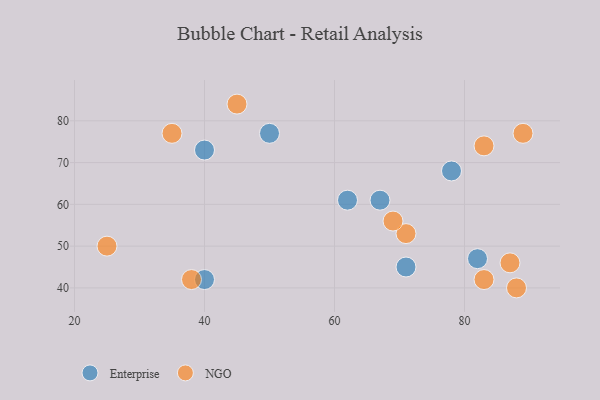
{"axis": {"x": "GDP", "y": "Life Expectancy"}, "legend": ["Enterprise", "NGO"], "data": [{"x": "62", "y": 61, "type": "Enterprise"}, {"x": "82", "y": 47, "type": "Enterprise"}, {"x": "67", "y": 61, "type": "Enterprise"}, {"x": "78", "y": 68, "type": "Enterprise"}, {"x": "50", "y": 77, "type": "Enterprise"}, {"x": "71", "y": 45, "type": "Enterprise"}, {"x": "40", "y": 73, "type": "Enterprise"}, {"x": "40", "y": 42, "type": "Enterprise"}, {"x": "87", "y": 46, "type": "NGO"}, {"x": "38", "y": 42, "type": "NGO"}, {"x": "83", "y": 74, "type": "NGO"}, {"x": "89", "y": 77, "type": "NGO"}, {"x": "88", "y": 40, "type": "NGO"}, {"x": "71", "y": 53, "type": "NGO"}, {"x": "69", "y": 56, "type": "NGO"}, {"x": "45", "y": 84, "type": "NGO"}, {"x": "35", "y": 77, "type": "NGO"}, {"x": "25", "y": 50, "type": "NGO"}, {"x": "83", "y": 42, "type": "NGO"}]}